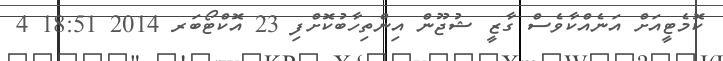
ކޮމެޓީއަށް އަނެއްކާވެސް ގާޒީ ޝުޖޫން އިންތިހާބުކޮށްފި 23 އޮކްޓޯބަރ 2014 18:51 4